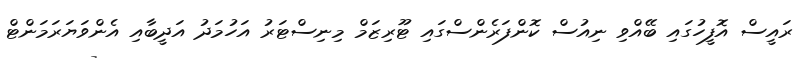
ރައީސް އޮފީހުގައި ބޭއްވި ނިއުސް ކޮންފަރެންސްގައި ޓޫރިޒަމް މިނިސްޓަރު އަހުމަދު އަދީބާއި އެންވަޔަރަމަންޓް